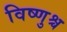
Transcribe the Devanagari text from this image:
विष्णुश्च